Report of the Indian Hemp Drugs Commission, 1894-1895 - Volume V
Year: 1894
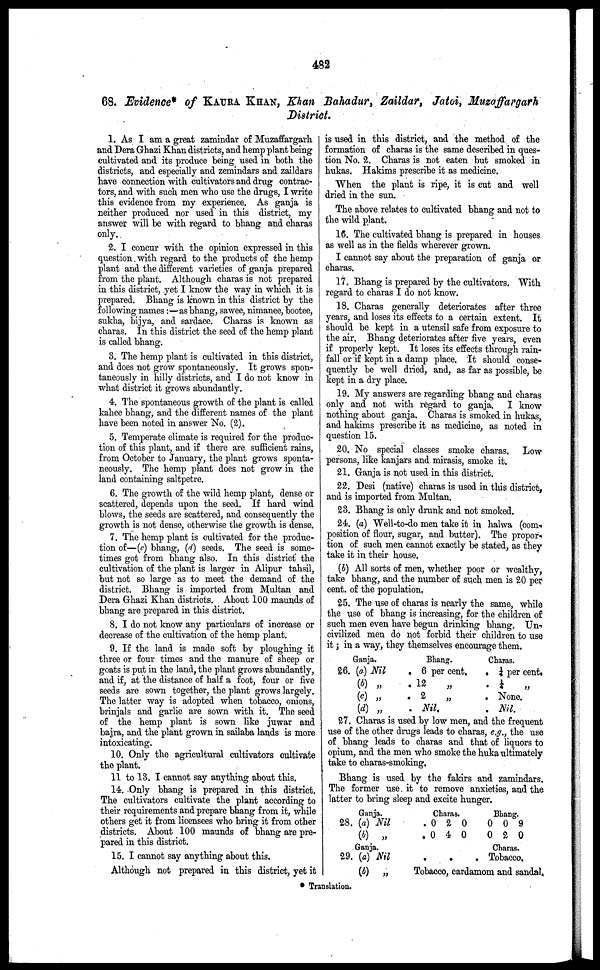
482
68. Evidence* of KAURA KHAN, Khan Bahadur, Zaildar, Jatoi, Muzaffargarh
District.
1. As I am a great zamindar of Muzaffargarh
and Dera Ghazi Khan districts, and hemp plant being
cultivated and its produce being used in both the
districts, and especially and zemindars and zaildars
have connection with cultivators and drug contrac-
tors, and with such men who use the drugs, I write
this evidence from my experience. As ganja is
neither produced nor used in this district, my
answer will be with regard to bhang and charas
only.
2. I concur with the opinion expressed in this
question. with regard to the products of the hemp
plant and the different varieties of ganja prepared
from the plant. Although charas is not prepared
in this district, yet I know the way in which it is
prepared. Bhang is known in this district by the
following names:—as bhang, sawee, nimanee, bootee,
sukha, bijya, and sardaee. Charas is known as
charas. In this district the seed of the hemp plant
is called bhang.
3. The hemp plant is cultivated in this district,
and does not grow spontaneously. It grows spon-
taneously in hilly districts, and I do not know in
what district it grows abundantly.
4. The spontaneous growth of the plant is called
kahee bhang, and the different names of the plant
have been noted in answer No. (2).
5. Temperate climate is required for the produc-
tion of this plant, and if there are sufficient rains,
from October to January, the plant grows sponta-
neously. The hemp plant does not grow in the
land containing saltpetre.
6. The growth of the wild hemp plant, dense or
scattered, depends upon the seed. If hard wind
blows, the seeds are scattered, and consequently the
growth is not dense, otherwise the growth is dense.
7. The hemp plant is cultivated for the produc-
tion of—(c) bhang, (d) seeds. The seed is some-
times got from bhang also. In this district the
cultivation of the plant is larger in Alipur tahsil,
but not so large as to meet the demand of the
district. Bhang is imported from Multan and
Dera Ghazi Khan districts. About 100 maunds of
bhang are prepared in this district.
8. I do not know any particulars of increase or
decrease of the cultivation of the hemp plant.
9. If the land is made soft by ploughing it
three or four times and the manure of sheep or
goats is put in the land, the plant grows abundantly,
and if, at the distance of half a foot, four or five
seeds are sown together, the plant grows largely.
The latter way is adopted when tobacco, onions,
brinjals and garlic are sown with it. The seed
of the hemp plant is sown like juwar and
bajra, and the plant grown in sailaba lands is more
intoxicating.
10. Only the agricultural cultivators cultivate
the plant.
11 to 13. I cannot say anything about this.
14. Only bhang is prepared in this district.
The cultivators cultivate the plant according to
their requirements and prepare bhang from it, while
others get it from licensees who bring it from other
districts. About 100 maunds of bhang are pre-
pared in this district.
15. I cannot say anything about this.
Although not prepared in this district, yet it
is used in this district, and the method of the
formation of charas is the same described in ques-
tion No. 2. Charas is not eaten but smoked in
hukas. Hakims prescribe it as medicine.
When the plant is ripe, it is cut and well
dried in the sun.
The above relates to cultivated bhang and not to
the wild plant.
16. The cultivated bhang is prepared in houses
as well as in the fields wherever grown.
I cannot say about the preparation of ganja or
charas.
17. Bhang is prepared by the cultivators. With
regard to charas I do not know.
18. Charas generally deteriorates after throe
years, and loses its effects to a certain extent. It
should be kept in a utensil safe from exposure to
the air. Bhang deteriorates after five years, even
if properly kept. It loses its effects through rain-
fall or if kept in a damp place. It should conse-
quently be well dried, and, as far as possible, be
kept in a dry place.
19. My answers are regarding bhang and charas
only and not with regard to ganja. I know
nothing about ganja. Charas is smoked in hukas,
and hakims prescribe it as medicine, as noted in
question 15.
20. No special classes smoke charas. Low
persons, like kanjars and mirasis, smoke it.
21. Ganja is not used in this district.
22. Desi (native) charas is used in this district,
and is imported from Multan.
23. Bhang is only drunk and not smoked.
24. (a) Well-to-do men take it in halwa (com-
position of flour, sugar, and butter). The propor-
tion of such men cannot exactly be stated, as they
take it in their house.
(b) All sorts of men, whether poor or wealthy,
take bhang, and the number of such men is 20 per
cent. of the population.
25. The use of charas is nearly the same, while
the use of bhang is increasing, for the children of
such men even have begun drinking bhang. Un-
civilized men do not forbid their children to use
it ; in a way, they themselves encourage them.
Ganja.
26. (a) Nil
(b) „
(c)
„
(d) „
Bhang.
. 6 per cent,
. 12
„
. 2 „
. Nil.
Charas.
. ¼ per cent.
. ¼ „
. None.
. Nil.
27. Charas is used by low men, and the frequent
use of the other drugs leads to charas, e.g., the use
of bhang leads to charas and that of liquors to
opium, and the men who smoke the huka ultimately
take to charas-smoking,
Bhang is used by the fakirs and zamindars.
The former use it to remove anxieties, and the
latter to bring sleep and excite hunger.
Ganja.
28. (a) Nil
(b) „
Ganja.
29. (a) Nil
(b) „
Charas.
.0 2 0
. 0 4 0
.
.
.
Bhang.
0 0 9
0 2 0
Charas.
Tobacco,
Tobacco, cardamom and sandal.
* Translation.